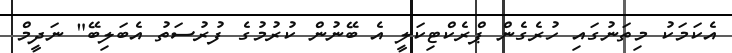
އެކަމަކު މިތަނުގައި ހުރެގެން ޕްރެކްޓިކަލީ އެ ބޭނުން ކުރުމުގެ ފުރުސަތު އެބަލިބޭ" ނަދީމް